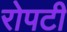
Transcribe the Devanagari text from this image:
रोपटी